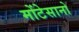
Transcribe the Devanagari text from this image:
मोंटेसानो